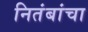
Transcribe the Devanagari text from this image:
नितंबांचा